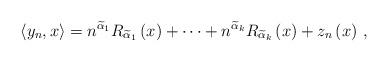
LaTeX: \begin{align*}\left\langle y_{n},x\right\rangle =n^{\widetilde{\alpha}_{1}}R_{\widetilde{\alpha}_{1}}\left( x\right) +\cdots+n^{\widetilde{\alpha}_{k}}R_{\widetilde{\alpha}_{k}}\left( x\right) +z_{n}\left( x\right)\,,\end{align*}